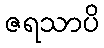
ဇရသာပိ